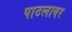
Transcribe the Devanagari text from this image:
पाटलावर